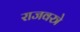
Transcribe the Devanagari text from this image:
राजवस्त्रे